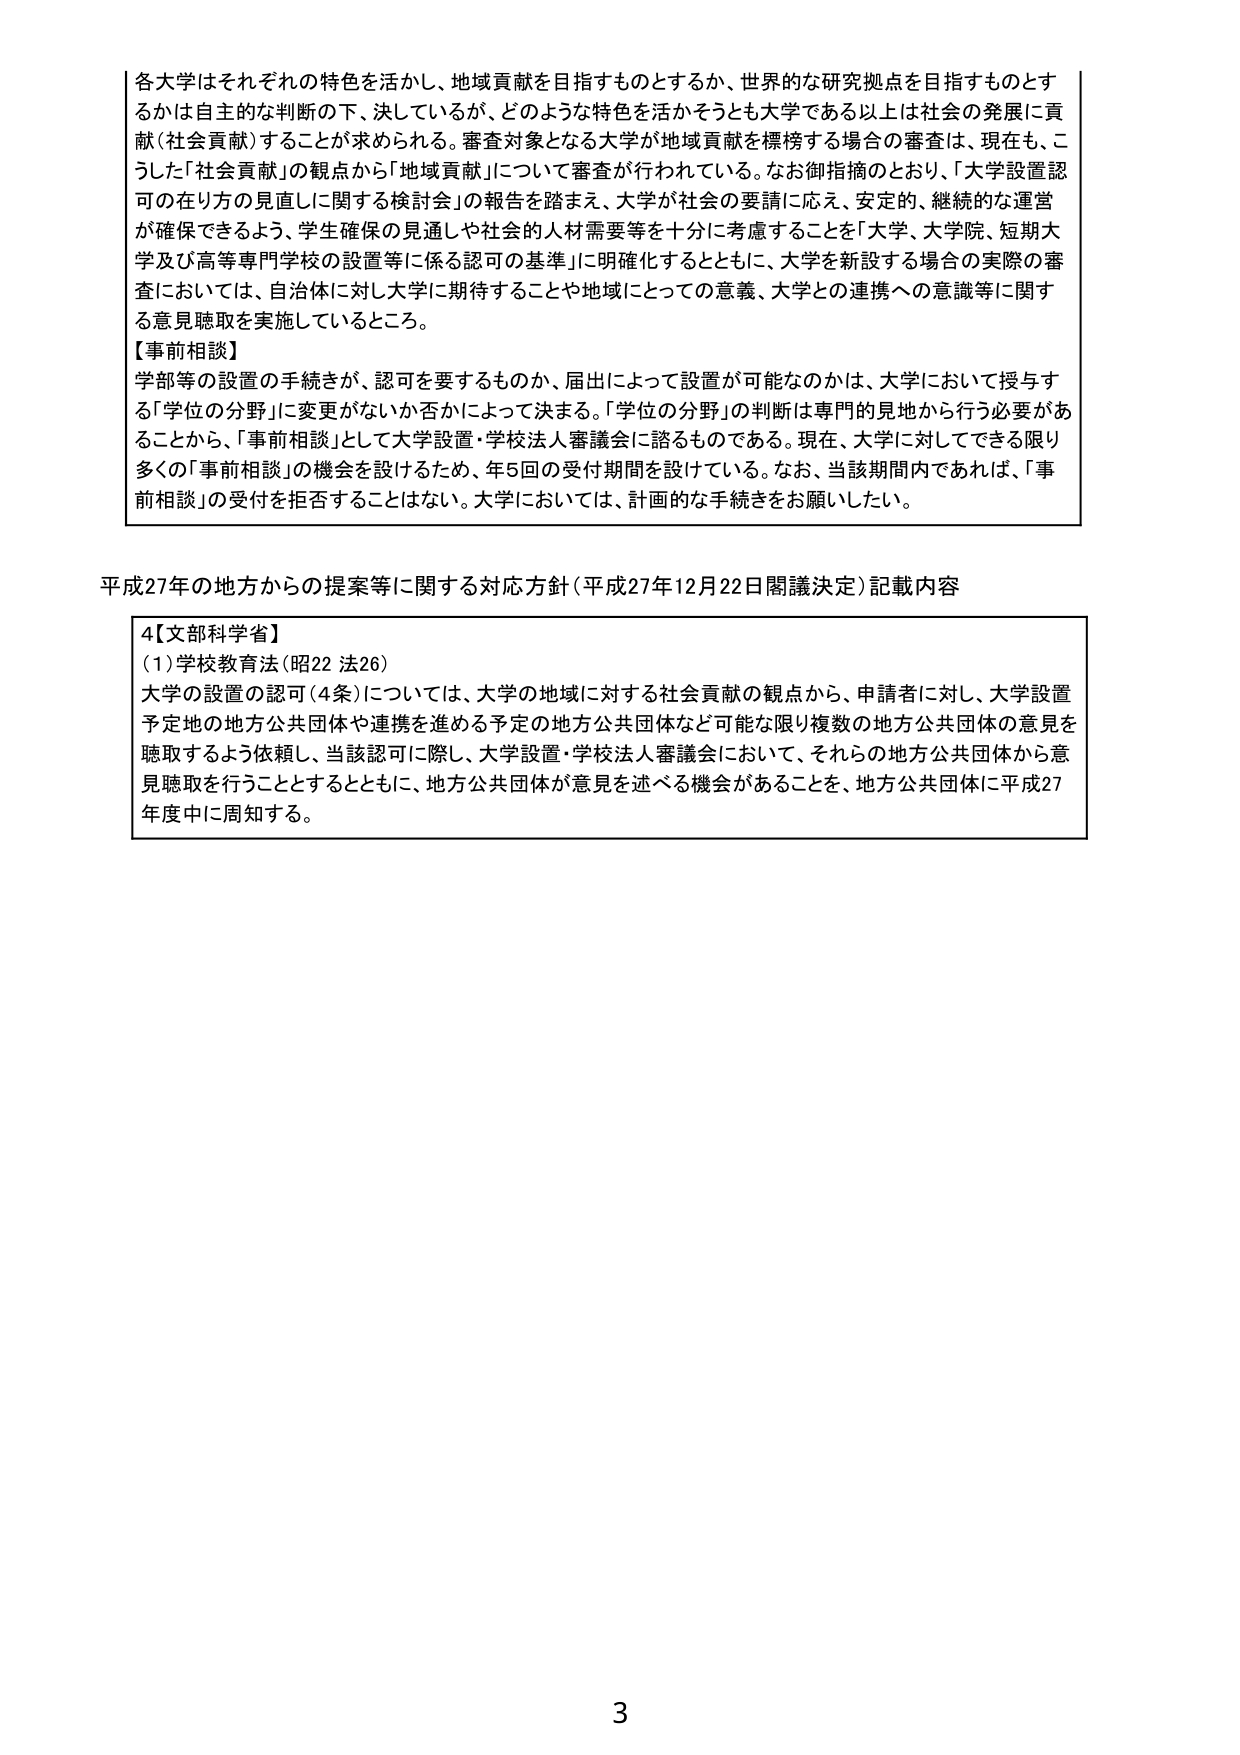
各大学はそれぞれの特色を活かし、地域貢献を目指すものとするか、世界的な研究拠点を目指すものとするかは自主的な判断の下、決しているが、どのような特色を活かそうとも大学である以上は社会の発展に貢献（社会貢献）することが求められる。審査対象となる大学が地域貢献を標榜する場合の審査は、現在も、こうした「社会貢献」の観点から「地域貢献」について審査が行われている。なお御指摘のとおり、「大学設置認可の在り方の見直しに関する検討会」の報告を踏まえ、大学が社会の要請に応え、安定的、継続的な運営が確保できるよう、学生確保の見通しや社会的人材需要等を十分に考慮することを「大学、大学院、短期大学及び高等専門学校の設置等に係る認可の基準」に明確化するとともに、大学を新設する場合の実際の審査においては、自治体に対し大学に期待することや地域にとっての意義、大学との連携への意識等に関する意見聴取を実施しているところ。

【事前相談】
学部等の設置の手続きが、認可を要するものか、届出によって設置が可能なのかは、大学において授与する「学位の分野」に変更がないか否かによって決まる。「学位の分野」の判断は専門的見地から行う必要があることから、「事前相談」として大学設置・学校法人審議会に諮るものである。現在、大学に対してできる限り多くの「事前相談」の機会を設けるため、年5回の受付期間を設けている。なお、当該期間内であれば、「事前相談」の受付を拒否することはない。大学においては、計画的な手続きをお願いしたい。

平成27年の地方からの提案等に関する対応方針（平成27年12月22日閣議決定）記載内容

4【文部科学省】
（1）学校教育法（昭22 法26）
大学の設置の認可（4条）については、大学の地域に対する社会貢献の観点から、申請者に対し、大学設置予定地の地方公共団体や連携を進める予定の地方公共団体など可能な限り複数の地方公共団体の意見を聴取するよう依頼し、当該認可に際し、大学設置・学校法人審議会において、それらの地方公共団体から意見聴取を行うこととするとともに、地方公共団体が意見を述べる機会があることを、地方公共団体に平成27年度中に周知する。

3